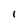
Character: I